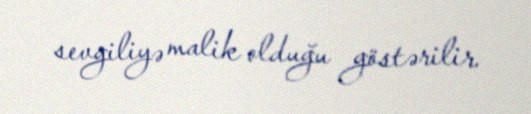
sevgiliyə malik olduğu göstərilir.